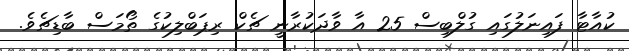
ކުއާޓާ ފައިނަލުގައި ގުލްބިސް 25 އާ ވާދަކުރާނީ ޗެކް ރިޕަބްލިކުގެ ތޯމަސް ބާޑިޗެވެ.